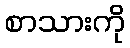
စာသားကို